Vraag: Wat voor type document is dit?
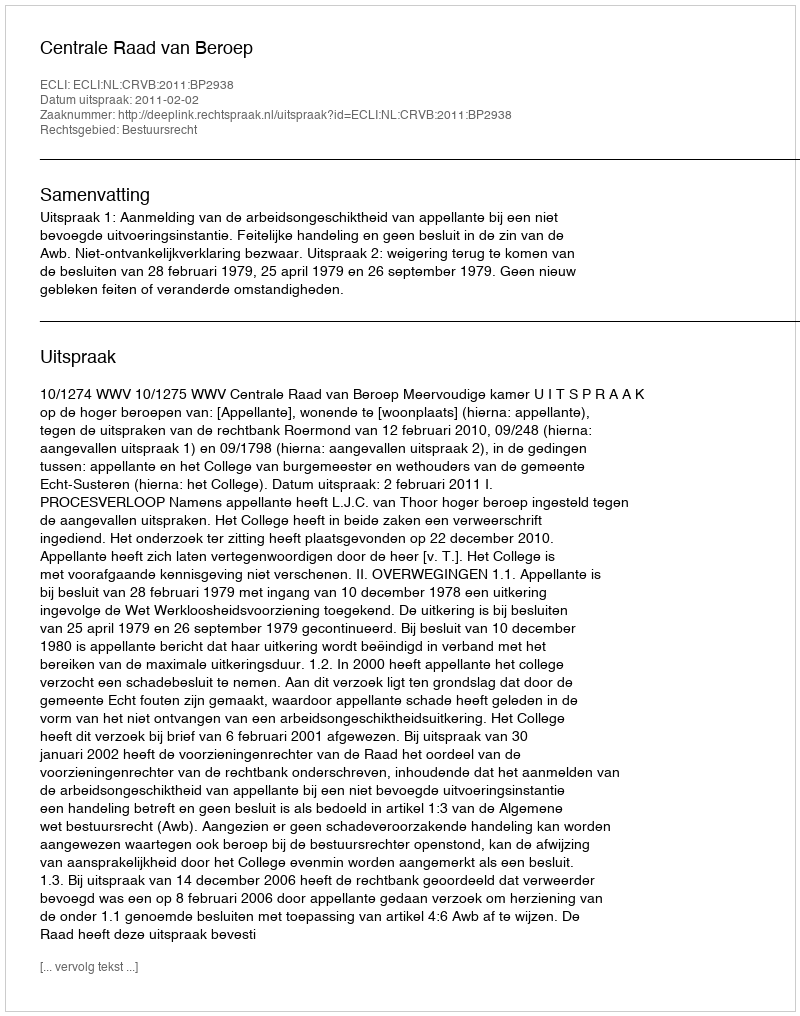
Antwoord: Uitspraak